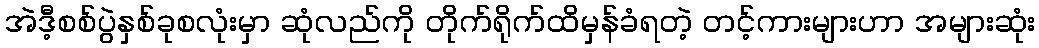
အဲဒီ့စစ်ပွဲနှစ်ခုစလုံးမှာ ဆုံလည်ကို တိုက်ရိုက်ထိမှန်ခံရတဲ့ တင့်ကားများဟာ အများဆုံး